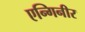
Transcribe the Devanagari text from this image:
एन्गिनीर